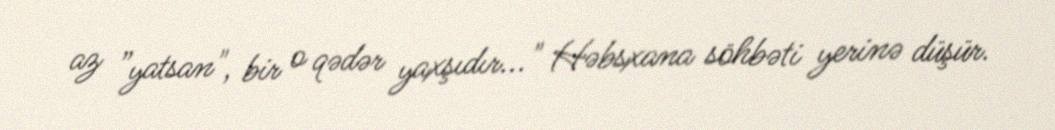
az ”yatsan", bir o qədər yaxşıdır..." Həbsxana söhbəti yerinə düşür.